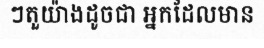
ៗតួយ៉ាងដូចជា អ្នកដែលមាន